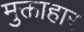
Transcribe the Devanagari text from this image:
मुक्ताहार